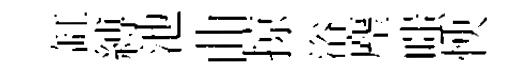
缸縛池曲掠浴麈嗤怏